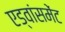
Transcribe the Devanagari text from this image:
एड्वांसमेंट